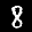
Label: 8